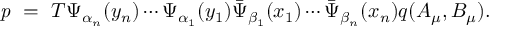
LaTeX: { \it p } \ = \ T \Psi _ { \alpha _ { n } } ( y _ { n } ) \cdots \Psi _ { \alpha _ { 1 } } ( y _ { 1 } ) \bar { \Psi } _ { \beta _ { 1 } } ( x _ { 1 } ) \cdots \bar { \Psi } _ { \beta _ { n } } ( x _ { n } ) q ( A _ { \mu } , B _ { \mu } ) .